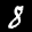
Label: 8